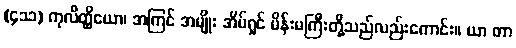
(၄၁၁) ကုလိတ္ထိယော၊ အကြင် အမျိုး အိမ်ရှင် မိန်းမကြီးတို့သည်လည်းကောင်း။ ယာ တာ